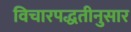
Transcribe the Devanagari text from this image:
विचारपद्धतीनुसार